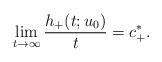
LaTeX: \begin{align*}\lim_{t\to\infty} \frac{h_+(t;u_0)}{t}=c_+^*.\end{align*}